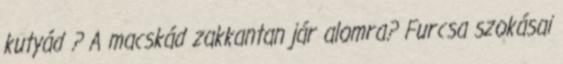
kutyád ? A macskád zakkantan jár alomra? Furcsa szokásai